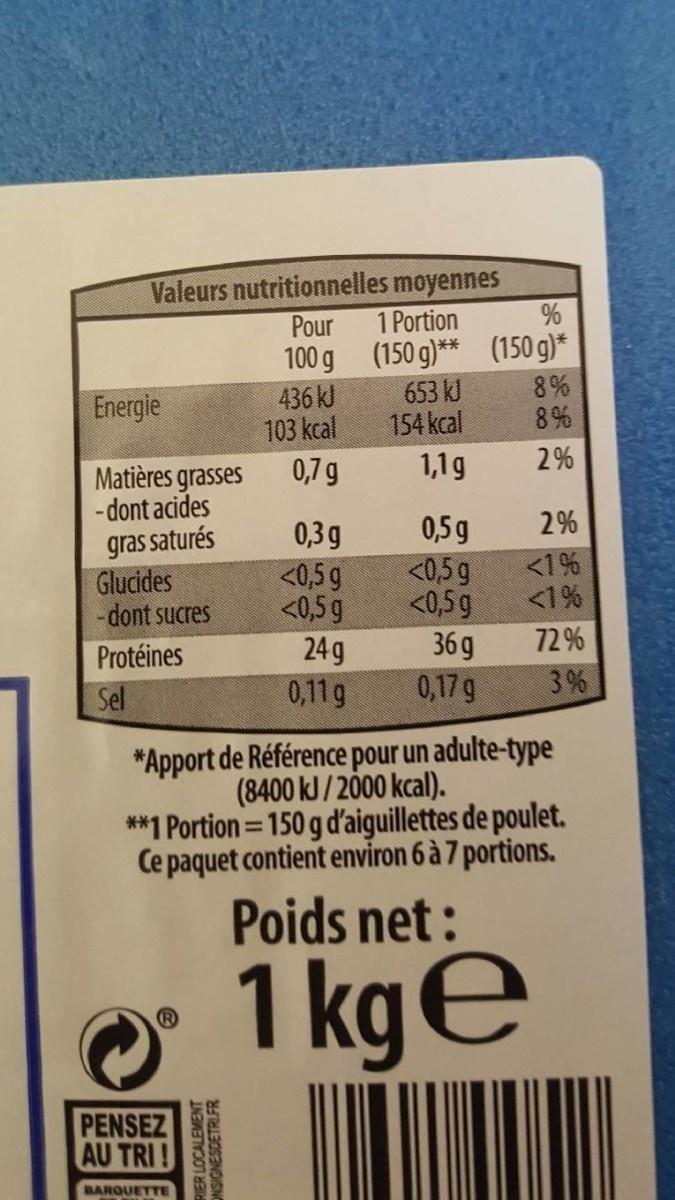
Valeurs nutritionnelles moyennes
Pour
1 Portion
100 g (150 g)** (150 g)* 8%
436 kJ 103 kcal
Energie
653 kJ
154 kcal
8%
0,7 g
1,1g
2%
Matières grasses - dont acides
2%
gras saturés Glucides -dont sucres
0,3g <0,5g <0,5 g 24 g 0,11g
0,5g <0,5g <0,5g 36 g 0,17g
<1% <1%
Protéines
72 %
Sel
3%
*Apport de Référence pour un adulte-type (8400 kJ /2000 kcal). **1 Portion= 150 g d'aiguillettes de poulet. Ce paquet contient environ 6 à 7 portions.
Poids net:
1 kge
PENSEZ AU TRI!
BARQUETTE
RIER LOCALEMENT NSIGNESDETRLFR